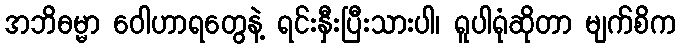
အဘိဓမ္မာ ဝေါဟာရတွေနဲ့ ရင်းနှီးပြီးသားပါ၊ ရူပါရုံဆိုတာ မျက်စိက